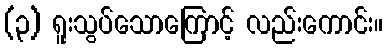
(၃) ရူးသွပ်သောကြောင့် လည်းကောင်း။